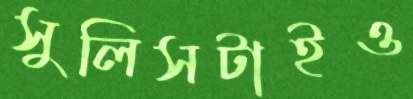
সুলিসটাইও